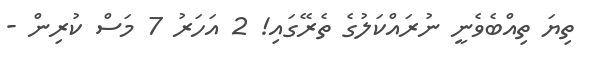
ތިޔަ ތިއްބެވެނީ ނުރައްކަލުގެ ތެރޭގައި! 2 އަހަރު 7 މަސް ކުރިން -